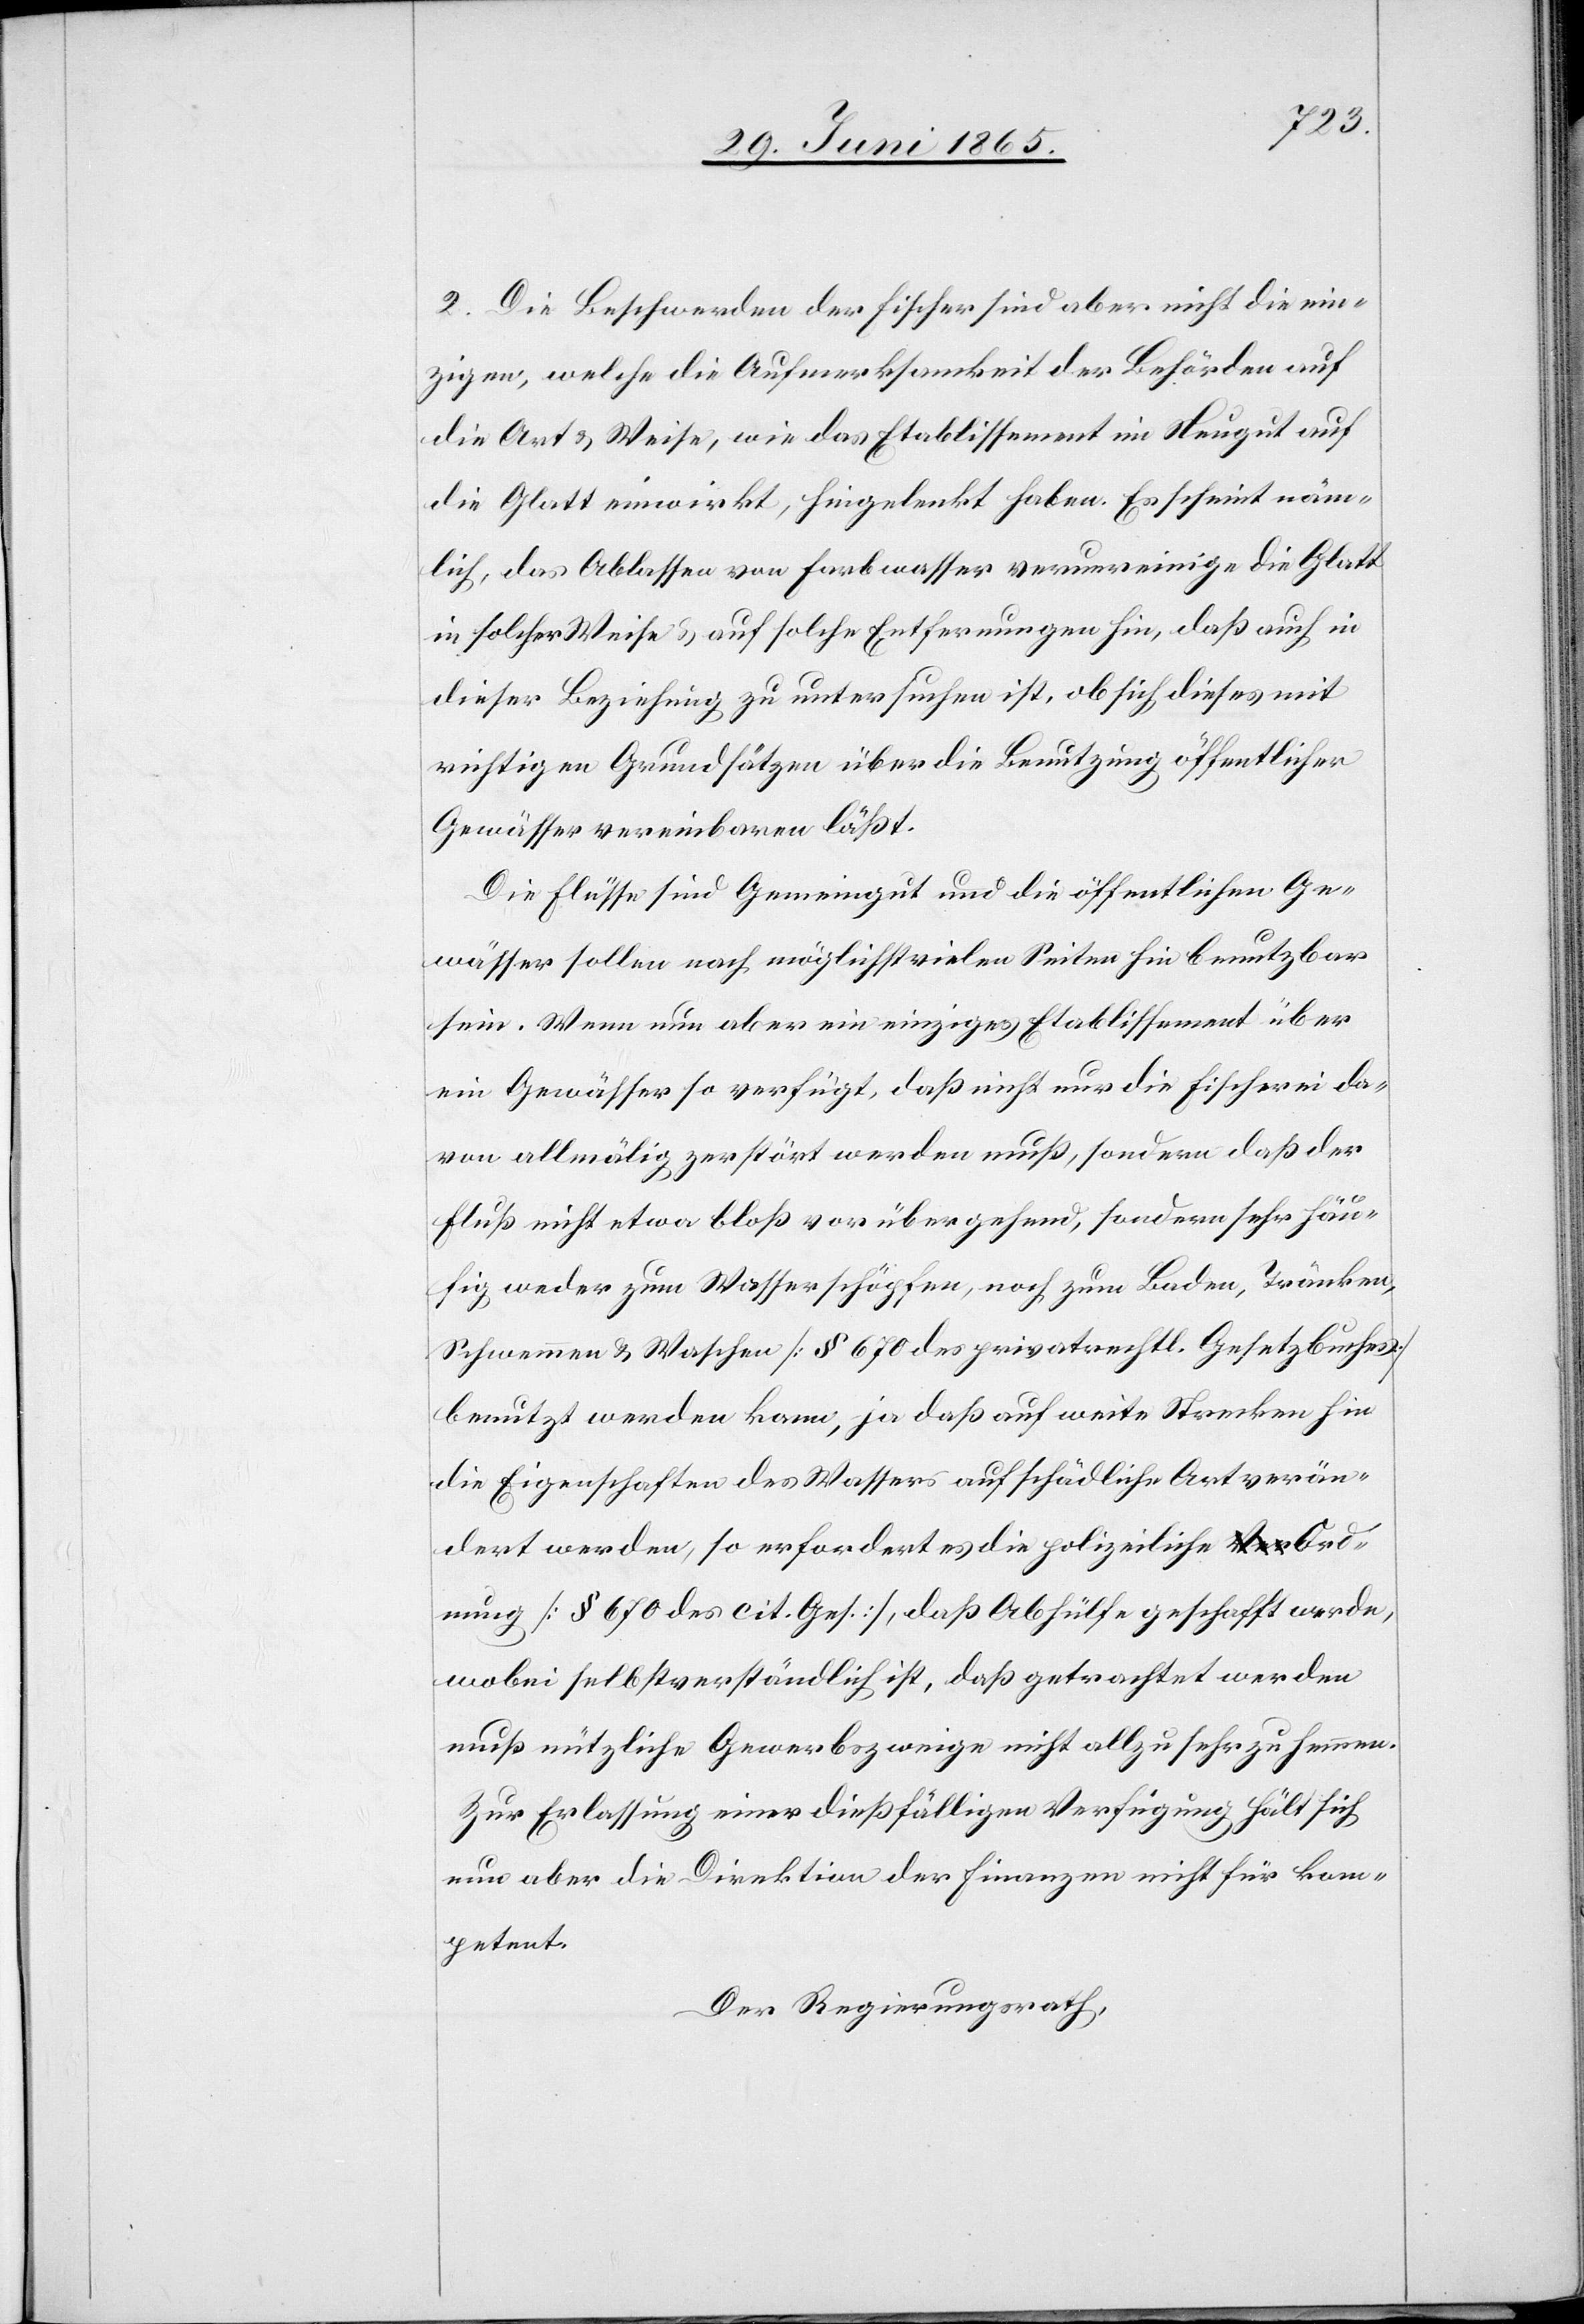
2. Die Beschwerden der Fischer sind aber nicht die ein¬
zigen, welche die Aufmerksamkeit der Behörden auf
die Art & Weise, wie das Etablissement im Neugut auf
die Glatt einwirkt, hingelenkt haben. Es scheint näm¬
lich, das Ablassen von Farbwasser verunreinige die Glatt
in solcher Weise & auf solche Entfernungen hin, daß auch in
dieser Beziehung zu untersuchen ist, ob sich dieses mit
richtigen Grundsätzen über die Benutzung öffentlicher
Gewässer vereinbaren läßt.
Die Flüsse sind Gemeingut und die öffentlichen Ge¬
wässer sollen nach möglichst vielen Seiten hin benutzbar
sein. Wenn nun aber ein einziges Etablissement über
ein Gewässer so verfügt, daß nicht nur die Fischerei da¬
von allmälig zerstört werden muß, sondern daß der
Fluß nicht etwa bloß vorübergehend, sondern sehr häu¬
fig weder zum Wasserschöpfen, noch zum Baden, Tränken,
Schwemmen & Waschen [§ 670 des privatrechtl. Gesetzbuches]
benutzt werden kann, ja daß auf weite Strecken hin
die Eigenschaften des Wassers auf schädliche Art verän¬
dert werden, so erfordert es die polizeiliche Ord¬
nung [§ 670 des cit. Ges.], daß Abhülfe geschafft werde,
wobei selbstverständlich ist, daß getrachtet werden
muß nützliche Gewerbszweige nicht allzu sehr zu hemmen.
Zur Erlassung einer dießfälligen Verfügung hält sich
nun aber die Direktion der Finanzen nicht für kom¬
petent.
Der Regierungsrath,